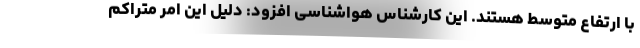
با ارتفاع متوسط هستند. این کارشناس هواشناسی افزود: دلیل این امر متراکم